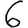
Digit: 6